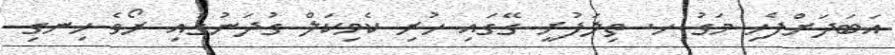
އަބަދަށްފެހި މަގު ހ. ތިލަފުށީ ގޭގައި ހުރި ކެމިކަލް ގުދަނުގައި ރޯވެ ހިނގި